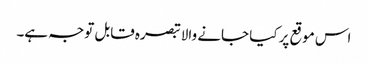
اس موقع پر کیا جانے والا تبصرہ قابل توجہ ہے۔